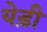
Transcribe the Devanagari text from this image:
येड़ी